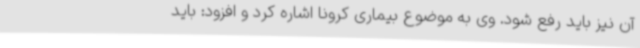
آن نیز باید رفع شود. وی به موضوع بیماری کرونا اشاره کرد و افزود: باید